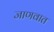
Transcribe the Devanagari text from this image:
जाणवात